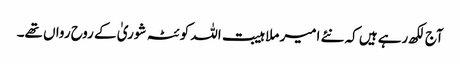
آج لکھ رہے ہیں کہ نئے امیر ملا ہیبت اللہ کوئٹہ شوریٰ کے روح رواں تھے۔